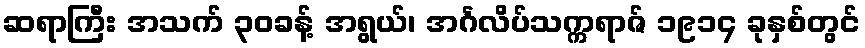
ဆရာကြီး အသက် ၃၀ခန့် အရွယ်၊ အင်္ဂလိပ်သက္ကရာဇ် ၁၉၁၄ ခုနှစ်တွင်